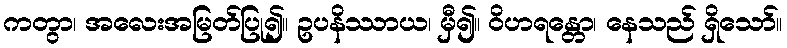
ကတွာ၊ အလေးအမြတ်ပြု၍။ ဥပနိဿာယ၊ မှီ၍။ ဝိဟရန္တော၊ နေသည် ရှိသော်။